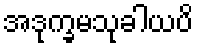
အဒုက္ခမသုခါယပိ